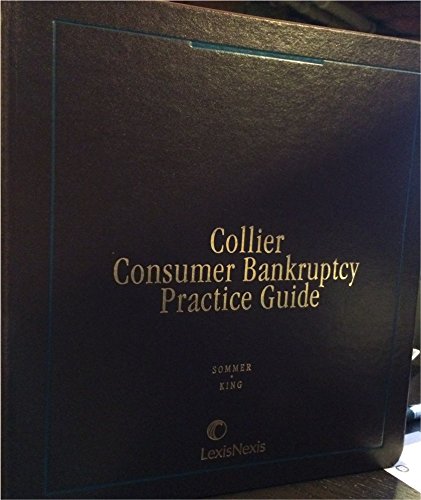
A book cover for Collier Consumer Bankruptcy Practice Guide; Henry J. Sommer; Law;